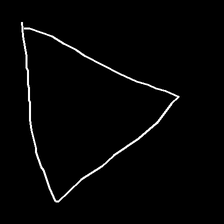
Glyph: convergence